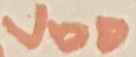
Text: VDD